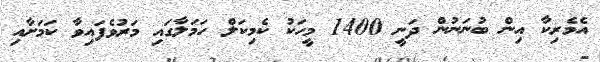
އެމެރިކާ އިން ބުނަނުން ދަނީ 1400 މީހަކު ކެމިކަލް ހަމަލާގައި މަރުވެފައިވާ ކަމަށާއި